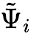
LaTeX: \tilde{\Psi}_{i}